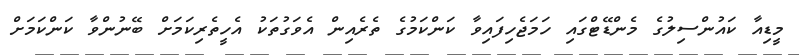
މީޑިއާ ކައުންސިލުގެ މެންޑޭޓްގައި ހަމަޖެހިފައިވާ ކަންކަމުގެ ތެރެއިން އެވަގުތަކު އެހީތެރިކަމަށް ބޭނުންވާ ކަންކަމަށް